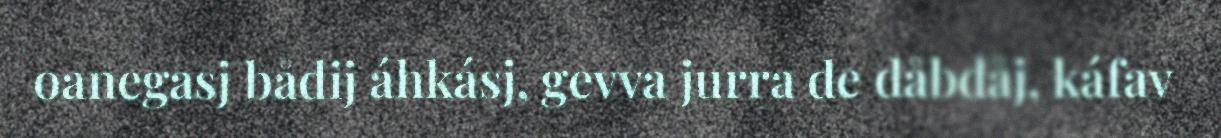
oanegasj bådij áhkásj, gevva jurra de dåbdåj, káfav